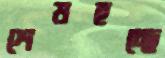
শেষহচ্ছে